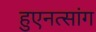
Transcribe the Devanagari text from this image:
हुएनत्सांग